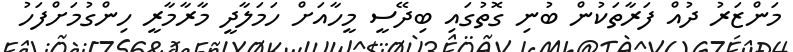
މަންޒަރު ދުއް ފަރާތަކުން ބުނި ގޮތުގައި ބިދޭސީ މީހާއަށް ހަމަލާދީ މާރާމާރީ ހިންގުމަށްފަހު